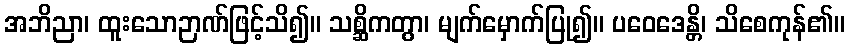
အဘိညာ၊ ထူးသောဉာဏ်ဖြင့်သိ၍။ သစ္ဆိကတွာ၊ မျက်မှောက်ပြု၍။ ပဝေဒေန္တိ၊ သိစေကုန်၏။